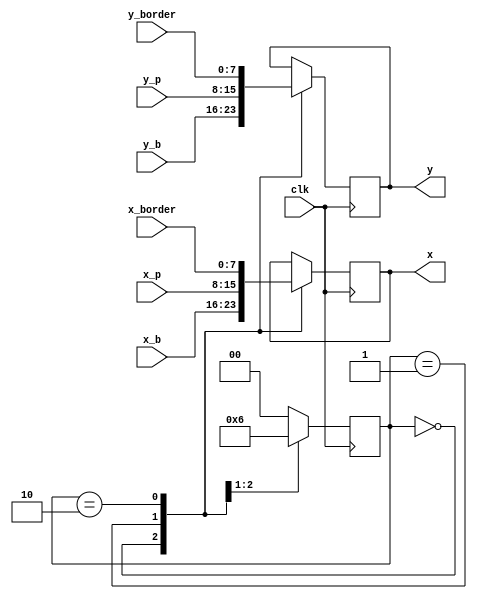
module output_view(
         clk, x_b, y_b, x_p, y_p, x_border, y_border, x, y
       );
input clk;
input [7:0] x_b;
input [7:0] y_b;
input [7:0] x_p;
input [7:0] y_p;
input [7:0] x_border;
input [7:0] y_border;
output reg [7:0] x;
output reg [7:0] y;

reg [1:0] i;

always @ (posedge clk)
  begin
    case (i)
      2'd0:
        begin
          x <= x_b;
          y <= y_b;
          i <= 2'd1;
        end
      2'd1:
        begin
          x <= x_p;
          y <= y_p;
          i <= 2'd2;
        end
      2'd2:
        begin
          x <= x_border;
          y <= y_border;
          i <= 2'd0;
        end
      default:
        i <= 2'd0;
    endcase
  end

endmodule